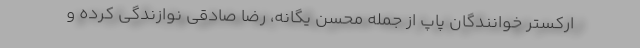
ارکستر خوانندگان پاپ از جمله محسن یگانه، رضا صادقی نوازندگی کرده و